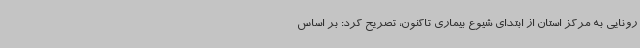
رونایی به مرکز استان از ابتدای شیوع بیماری تاکنون، تصریح کرد: بر اساس